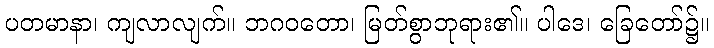
ပတမာနာ၊ ကျလာလျက်။ ဘဂဝတော၊ မြတ်စွာဘုရား၏။ ပါဒေ၊ ခြေတော်၌။